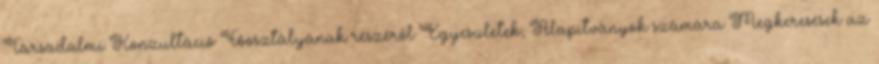
Társadalmi Konzultáció Főosztályának részéről Egyesületek, Alapítványok számára Megkeresések az